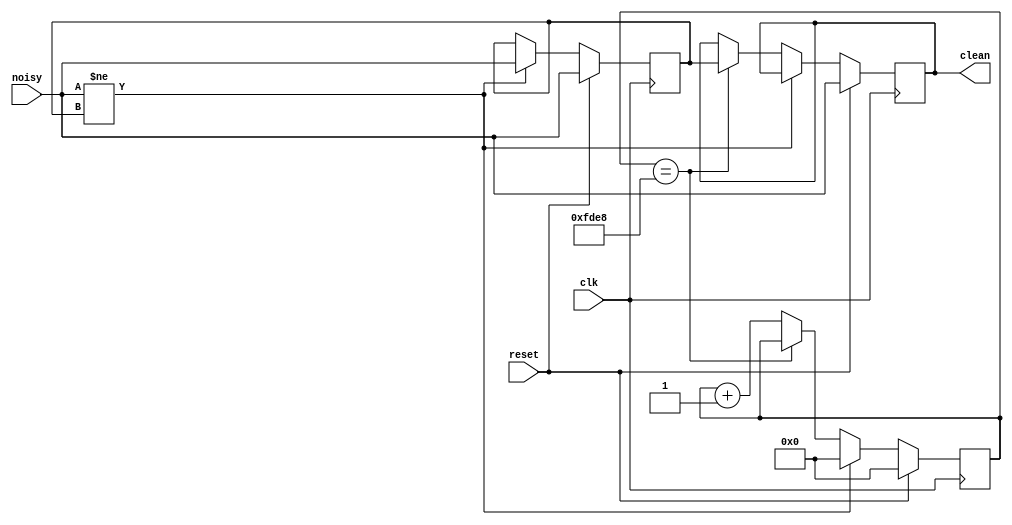
//******************************************************************************
// Copyright (c) 2014 - 2018, Indian Institute of Science, Bangalore.
// All Rights Reserved. See LICENSE for license details.
//------------------------------------------------------------------------------

// Contributors
// Akshay Birari (akshay@alum.iisc.ac.in), Piyush Birla (piyush@alum.iisc.ac.in)
// Suseela Budi (suseela@alum.iisc.ac.in), Pradeep Gupta (gupta@alum.iisc.ac.in)
// Kavya Sharat (kavyasharat@alum.iisc.ac.in), Sumeet Bandishte (sumeet.bandishte30@gmail.com)
// Kuruvilla Varghese (kuru@iisc.ac.in)

`timescale 1ns / 1ps
//////////////////////////////////////////////////////////////////////////////////
// Company: 
// Engineer: 
// 
// Design Name: 
// Module Name: debouce
// Project Name: 
// Target Devices: 
// Tool Versions: 
// Description: 
// 
// Dependencies: 
// 
// Revision:
// Revision 0.01 - File Created
// Additional Comments:
// 
//////////////////////////////////////////////////////////////////////////////////


module debouce( reset, clk, noisy, clean);
   input reset, clk, noisy;
   output clean;

   parameter NDELAY = 65000;
   parameter NBITS = 20;

   reg [NBITS-1:0] count;
   reg xnew, clean;

   always @(posedge clk)
     if (reset) begin xnew <= noisy; clean <= noisy; count <= 0; end
     else if (noisy != xnew) begin xnew <= noisy; count <= 0; end
     else if (count == NDELAY) clean <= xnew;
     else count <= count+1;

endmodule